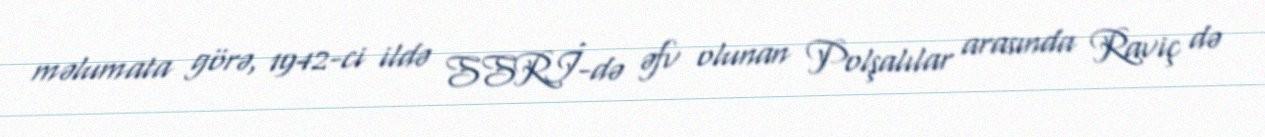
məlumata görə, 1942-ci ildə SSRİ-də əfv olunan Polşalılar arasında Raviç də